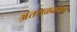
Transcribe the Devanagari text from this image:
अंतराळभ्रमण